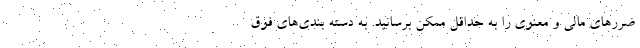
ضررهای مالی و معنوی را به حداقل ممکن برسانید. به دسته بندی‌های فوق